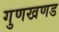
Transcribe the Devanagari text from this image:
गुणखणड